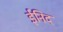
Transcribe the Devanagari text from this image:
ईनिद